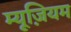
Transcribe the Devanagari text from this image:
म्‍यूज़ियम